Document type: Dowry acquittance
Year: 1427
Scribe: Pere Tarafa
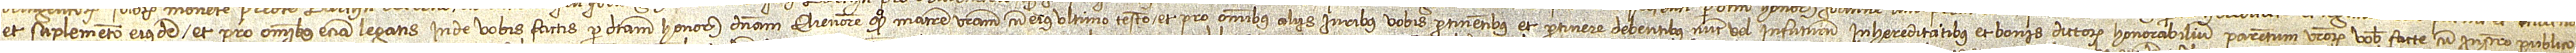
et suplemento eiusdem, et pro omnibus etiam legatis inde vobis factis per dictam honorabilem dominam Elienorem, quondam, matrem vestram, cum eius ultimo testamento, et pro omnibus aliis iuribus vobis pertinentibus et pertinere debentibus, nunc vel infuturum, in hereditatibus et bonis dictorum honorabilium parentum vestrorum vobis facte cum instrumento publico